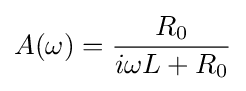
A(\omega )={\frac {R_{0}}{i\omega L+R_{0}}}